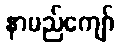
နာမည်ကျော်